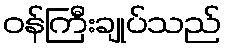
ဝန်ကြီးချုပ်သည်